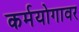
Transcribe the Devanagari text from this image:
कर्मयोगावर